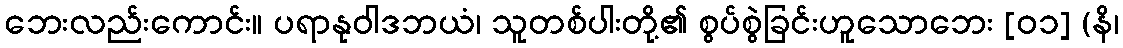
ဘေးလည်းကောင်း။ ပရာနုဝါဒဘယံ၊ သူတစ်ပါးတို့၏ စွပ်စွဲခြင်းဟူသောဘေး [၀၁] (နိ၊